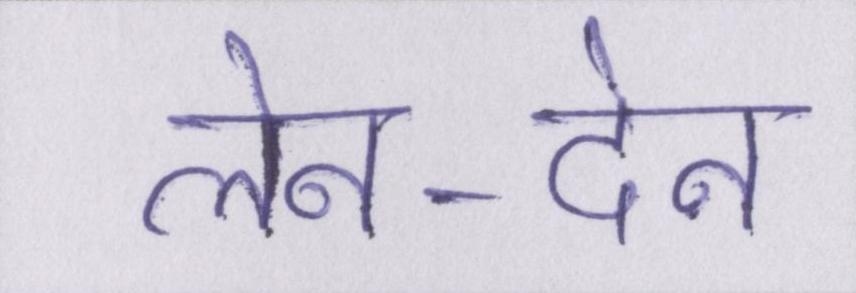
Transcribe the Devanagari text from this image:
लेन-देन